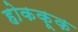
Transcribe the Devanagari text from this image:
होककूक